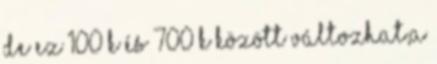
de ez 100 K és 700 K között változhat,a